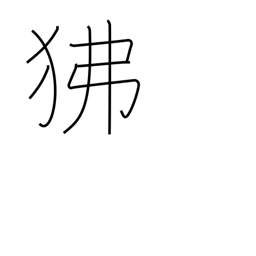
Meaning: baboon